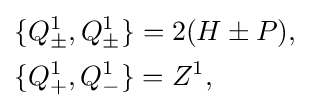
{\begin{aligned}&\{Q_{\pm }^{1},Q_{\pm }^{1}\}=2(H\pm P),\\&\{Q_{+}^{1},Q_{-}^{1}\}=Z^{1},\end{aligned}}